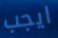
ايجب